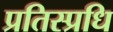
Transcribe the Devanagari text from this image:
प्रतिस्प्रधि